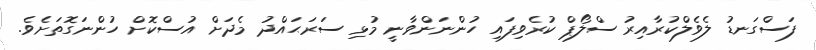
ފަސްގަނޑު ލެވެލްކުރާއިރު ސްލޯޕް ކުރެވިފައި ހުންނަންވާނީ މުޅި ސަރަޙައްދު މެދަށް އުސްކޮށް ހުންނަގޮތަށެވެ.